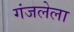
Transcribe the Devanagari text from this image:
गंजलेला